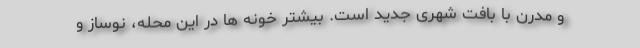
و مدرن با بافت شهری جدید است. بیشتر خونه ها در این محله، نوساز و